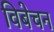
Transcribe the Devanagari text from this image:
विबेचन